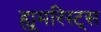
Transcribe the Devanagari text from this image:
ह्यूमरिस्ट्स